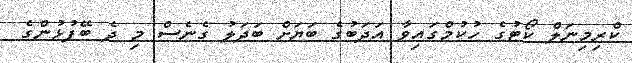
ކްރިމިނަލް ކޯޓުގެ ހުކުމްގައިވާ އަދަބުގެ ބަޔަށް ބަދަލު ގެނެސް މި ދެ ބޭފުޅުންގެ